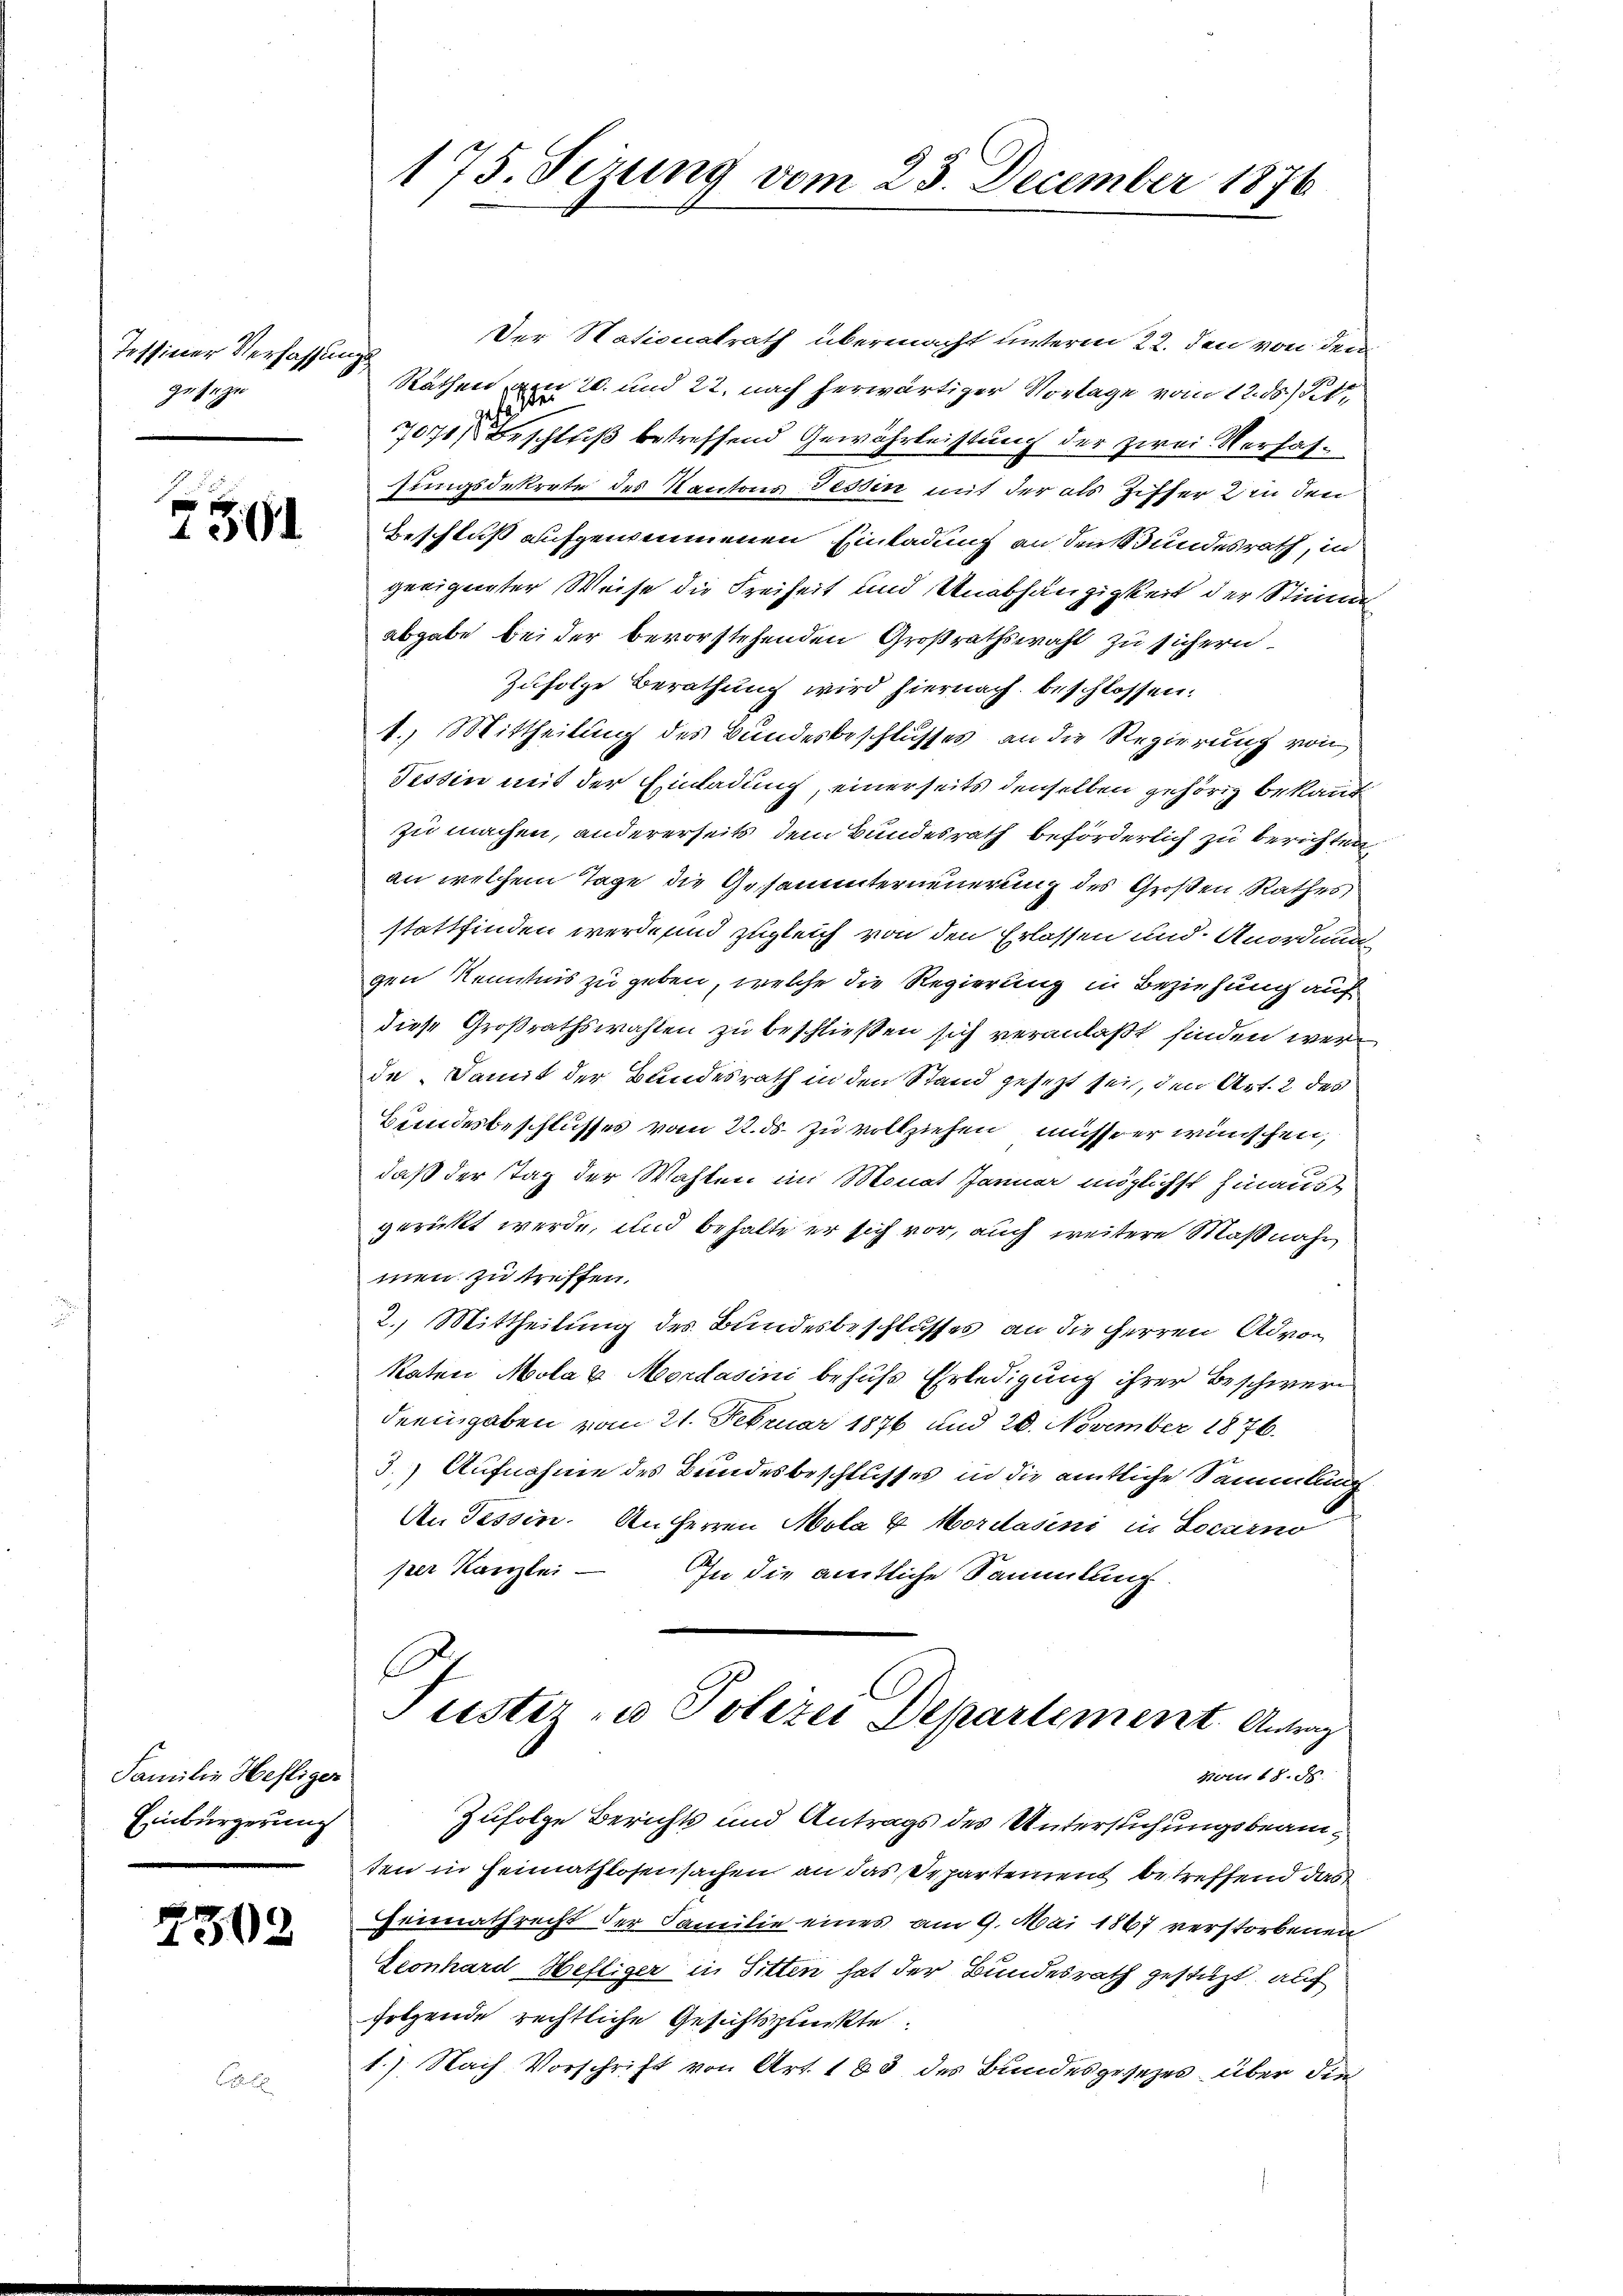
Tessiner Verfassung,
geseze

u
100.

Familie Heftiger
Einbürgerung

7502

175. Sezung vom 23. December 1876

Der Nationalrath übermacht unterm 22. den von den
Rathen am 20. und 22. nach herwärtiger Vorlage vom 12. ds. Kett
7071 Beschluß betreffend Gewährleistung der zwei Verfassungsdekrete des Kantons Tessin mit der als Ziffer den den
Beschluß aufgenommenen Einladung an den Bundesrath, in
geeigneter Weise die Freiheit und Unabhängigkeit der Stimmen
abgabe bei der bevorstehenden Großrathswahl zu sichern.
Zufolge Berathung wird hiernach beschlossen.
1.) Mittheilung des Bundesbeschlusses an die Regierung von
Tessin mit der Einladung, einerseits denselben gehörig bekannt
zu machen, andererseits dem Bundesrath beförderlich zu berichten
an welchem Tage die Gesammterneuerung des Großen Rathes
stattfinden werde sind zugleich von den Erlassen und Anordnun
gen Kenntnis zu geben, welche die Regierung in Beziehung auf
diese Großrathswahlen zu beschließen sich veranlaßt finden werd
de. Damit der Bundesrath in den Stand gesezt sei, den Art. 2 des
Bundesbeschlusses vom 22. ds. zu vollziehen musster wünschen,
daß der Stag der Wahlen im Monat Januar möglichst hinaus
gerückt werde, und behalte er sich vor, auch weitere Maßnahm
men zu treffen.
2. Mittheilung des Bundesbeschlusses an die Herren Advon
Raten Mola u Mordasini behufs Erledigung ihrer Beschwerdengaben vom 21. Februar 1876 und 20. November 1876.
3) Aufnahme des Bundesbeschlusses in die amtliche Sammlung
An Tessin. An Herren Mola & Mordasini in Locarno
per Kanzlei-
In die amtliche Sammlung.
A
ustiz- u Polizei Departement. Antrag
von 18. ds.
Zufolge Berichts und Antrags des Untersuchungsbeamten in Heimathlosensachen an das Departement betreffend das
Heimathrecht der Familie eines am 9. Mai 1867 verstorbenen
Leonhard Heftiger in Sitten hat der Bundesrath gestüzt, auch
folgende rechtliche Gesichtsplückte.
1.) Nach Vorschrift von Art. 183 des Bundesgesezes über die